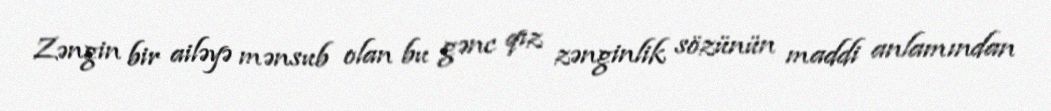
Zəngin bir ailəyə mənsub olan bu gənc qız zənginlik sözünün maddi anlamından